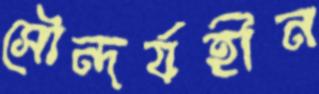
সৌন্দর্যহীন